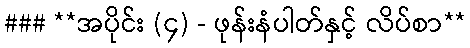
### **အပိုင်း (၄) - ဖုန်းနံပါတ်နှင့် လိပ်စာ**